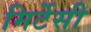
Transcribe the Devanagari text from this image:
मिर्टेसी